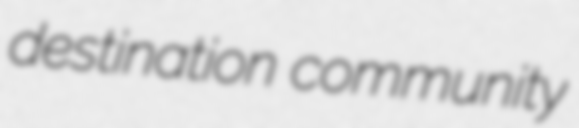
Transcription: destination community